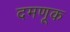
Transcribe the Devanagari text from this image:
दमणूक